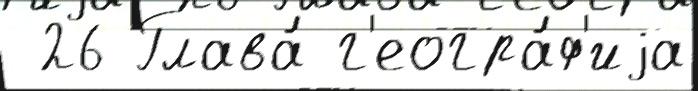
 26 Глава́ г'еогра́ф'иjа